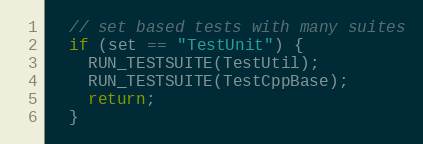
Language: C++
  // set based tests with many suites
  if (set == "TestUnit") {
    RUN_TESTSUITE(TestUtil);
    RUN_TESTSUITE(TestCppBase);
    return;
  }